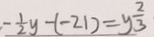
\cdot - \frac { 1 } { 2 } y - ( - 2 1 ) = y \frac { 2 } { 3 }